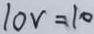
1 0 v = 1 0